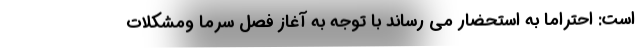
است: احتراماً به استحضار می رساند با توجه به آغاز فصل سرما ومشکلات